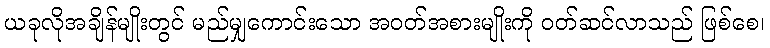
ယခုလိုအချိန်မျိုးတွင် မည်မျှကောင်းသော အဝတ်အစားမျိုးကို ဝတ်ဆင်လာသည် ဖြစ်စေ၊